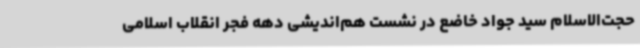
حجت‌الاسلام سید جواد خاضع در نشست هم‌اندیشی دهه فجر انقلاب اسلامی